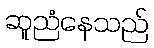
ဆူညံနေသည်